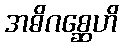
အဓိဂစ္ဆေဟိ